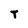
Character: T